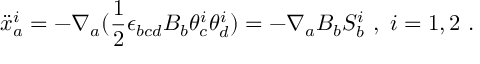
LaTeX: { \ddot { x } } _ { a } ^ { i } = - \nabla _ { a } ( \frac { 1 } { 2 } \epsilon _ { b c d } B _ { b } \theta _ { c } ^ { i } \theta _ { d } ^ { i } ) = - \nabla _ { a } B _ { b } S _ { b } ^ { i } \ , \ i = 1 , 2 \ .